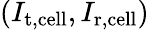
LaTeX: (I_{\mathrm{t,cell}},I_{\mathrm{r,cell}})